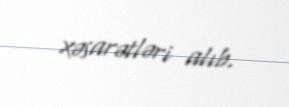
xəsarətləri alıb.